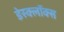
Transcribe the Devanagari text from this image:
डेस्क्लॉक्स